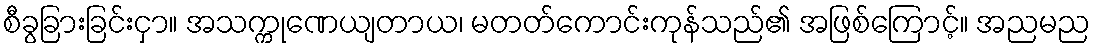
စီခွခြားခြင်းငှာ။ အသက္ကုဏေယျတာယ၊ မတတ်ကောင်းကုန်သည်၏ အဖြစ်ကြောင့်။ အညမည